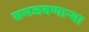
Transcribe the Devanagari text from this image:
समजवणाऱ्या